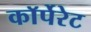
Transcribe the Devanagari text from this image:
काॅर्पेरेट